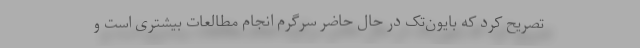
تصریح کرد که بایون‌تک در حال حاضر سرگرم انجام مطالعات بیشتری است و